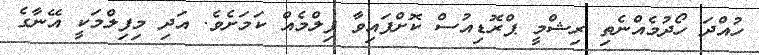
ހުއްދަ ހޯދުމެއްނެތި ރިޝްމީ ޕްރޮޑިއުސް ކޮށްފައިވާ ފިލްމެއް ކަމަށެވެ. އަދި މިފިލްމަކީ އޭނާގެ